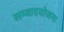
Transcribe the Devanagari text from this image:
सम्वादयोजना